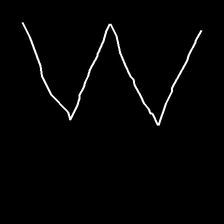
Glyph: crush